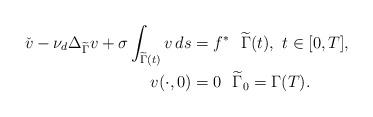
LaTeX: \begin{align*} \check{v} - \nu_d \Delta_{\widetilde \Gamma} v + \sigma \int_{\widetilde\Gamma(t)} v\, ds & = f^\ast ~~\widetilde{\Gamma}(t), ~t \in [0,T], \\ v(\cdot,0) &= 0 ~~\widetilde \Gamma_0=\Gamma(T). \end{align*}